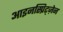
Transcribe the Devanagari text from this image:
आइनस्प्रिट्ज़ेन